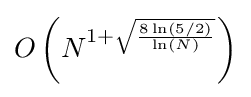
O\left(N^{1+{\sqrt {\frac {8\ln \left(5/2\right)}{\ln(N)}}}}\right)